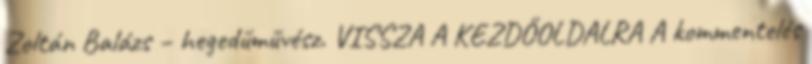
Zoltán Balázs – hegedűművész. VISSZA A KEZDŐOLDALRA A kommentelés